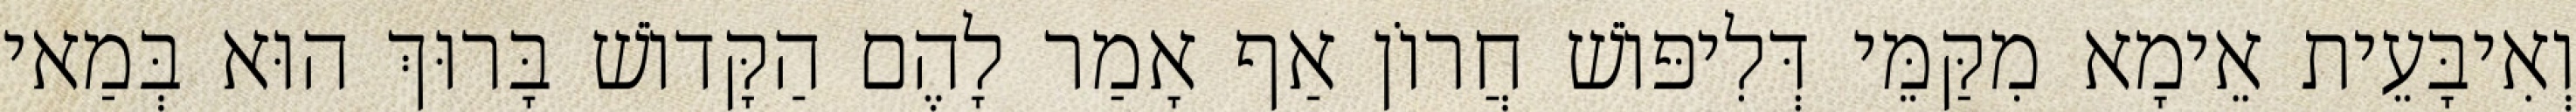
וְאִיבָּעֵית אֵימָא מִקַּמֵּי דְּלִיפּוֹשׁ חֲרוֹן אַף אָמַר לָהֶם הַקָּדוֹשׁ בָּרוּךְ הוּא בְּמַאי